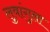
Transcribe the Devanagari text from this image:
लुवांगुला